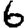
Digit: 6